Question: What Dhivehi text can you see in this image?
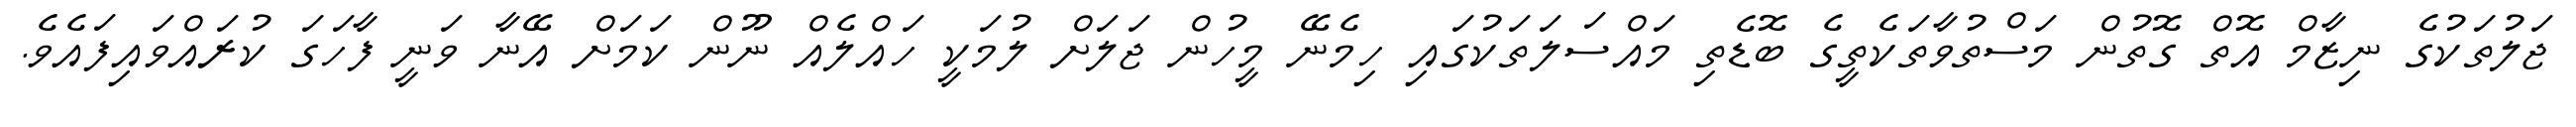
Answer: ޖަލުތަކުގެ ނިޒާމް އޮތް ގޮތުން މަސްތުވާތަކެތީގެ ބޮޑެތި މައްސަލަތަކުގައި ހިމެނޭ މީހުން ޖަލަށް ލުމަކީ ހައްލެއް ނޫން ކަމަށް އޭނާ ވަނީ ފާހަގަ ކުރައްވައިފައެވެ.